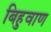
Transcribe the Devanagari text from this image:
बिहुवाण